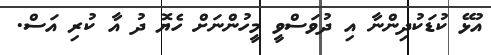
އުޅޭ ކުޑަކުދިންނާ އި ދުވަސްވީ މީހުންނަށް ހެޔޮ ދު އާ ކުރި އަސް.